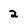
Character: 2